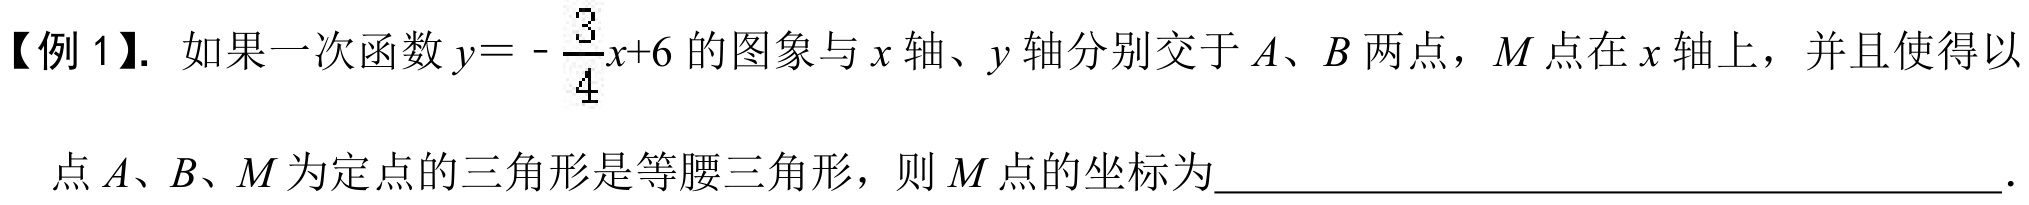
【例 1】. 如果一次函数\(y = -\dfrac{3}{4}x + 6\)的图象与\(x\)轴、\(y\)轴分别交于\(A\)、\(B\)两点，\(M\)点在\(x\)轴上，并且使得以点\(A\)、\(B\)、\(M\)为定点的三角形是等腰三角形，则\(M\)点的坐标为  ．